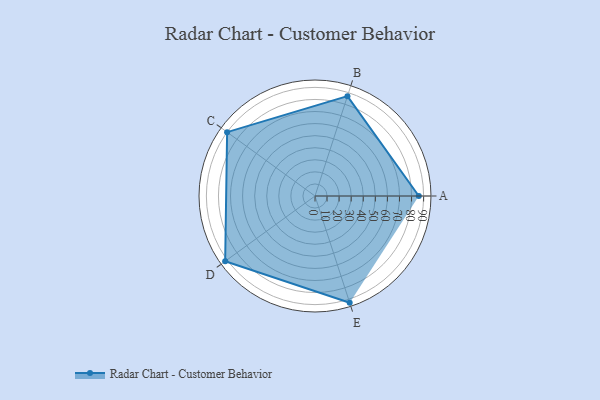
{"axis": {"x": "Skill", "y": "Score"}, "legend": ["Profile"], "data": [{"x": "A", "y": 86.0, "type": "Profile"}, {"x": "B", "y": 87.0, "type": "Profile"}, {"x": "C", "y": 90.0, "type": "Profile"}, {"x": "D", "y": 92.0, "type": "Profile"}, {"x": "E", "y": 93.0, "type": "Profile"}]}